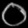
Digit: ၀